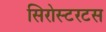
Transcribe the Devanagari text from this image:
सिरोस्टरटस